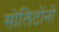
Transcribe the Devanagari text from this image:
सोलिटोंनों